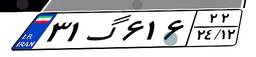
۳۱گ۶۱۶۲۲